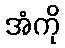
အံကို